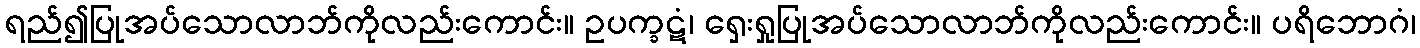
ရည်၍ပြုအပ်သောလာဘ်ကိုလည်းကောင်း။ ဥပက္ခဋံ၊ ရှေးရှုပြုအပ်သောလာဘ်ကိုလည်းကောင်း။ ပရိဘောဂံ၊